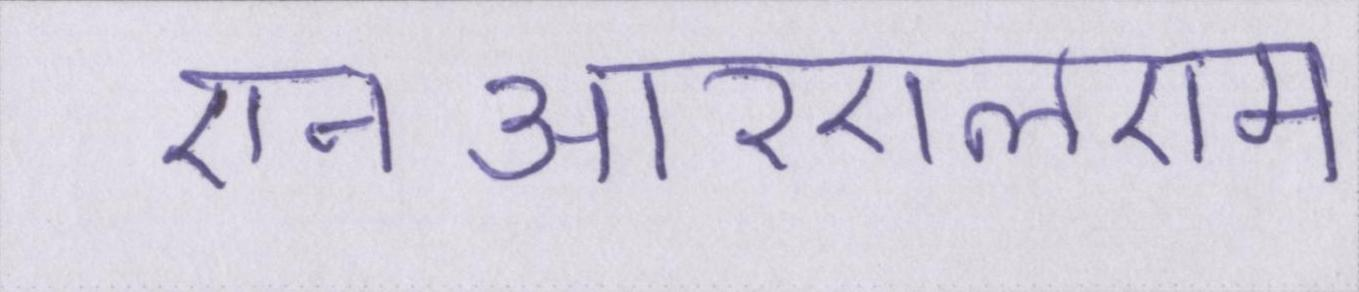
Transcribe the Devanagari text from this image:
एनआरएलएम